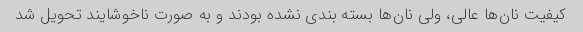
کیفیت نان‌ها عالی، ولی نان‌ها بسته بندی نشده بودند و به صورت ناخوشایند تحویل شد